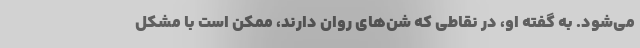
می‌شود. به گفته او، در نقاطی که شن‌های روان دارند، ممکن است با مشکل